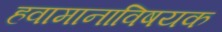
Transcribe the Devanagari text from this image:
हवामानाविषयक